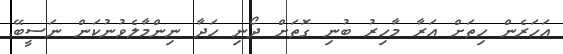
އަހަރެން ހިތަށް އަރާ މާހިރު ބުނި ގޮތަށް ދޯނި ހަދާ ނިންމާލެވުނުކަން ނަސީބޭ.